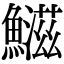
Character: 𬵱